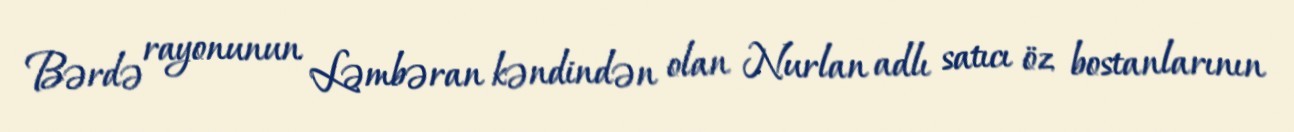
Bərdə rayonunun Ləmbəran kəndindən olan Nurlan adlı satıcı öz bostanlarının